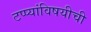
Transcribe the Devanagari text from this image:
टप्प्यांविषयीची